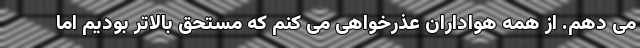
می دهم. از همه هواداران عذرخواهی می کنم که مستحق بالاتر بودیم اما